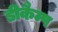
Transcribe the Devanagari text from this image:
डीकैम्प